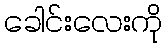
ခေါင်းလေးကို